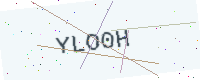
Text: YLO0H